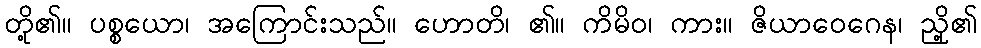
တို့၏။ ပစ္စယော၊ အကြောင်းသည်။ ဟောတိ၊ ၏။ ကိမိဝ၊ ကား။ ဇိယာဝေဂေန၊ ညှို့၏